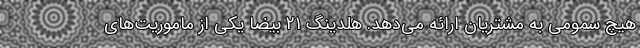
هیچ سمومی به مشتریان ارائه می‌دهد. هلدینگ 21 بیضا یکی از ماموریت‌های